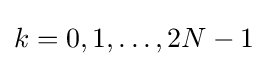
k=0,1,\dots ,2N-1